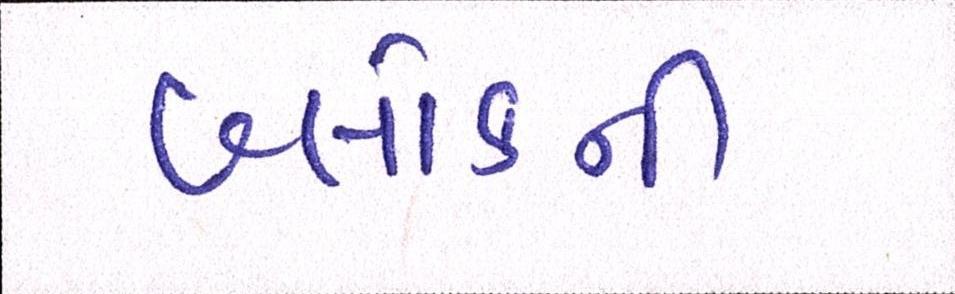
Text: બ્લોકની